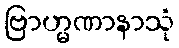
ဗြာဟ္မဏာနာသုံ